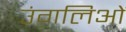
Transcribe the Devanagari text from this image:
उंगलिओं